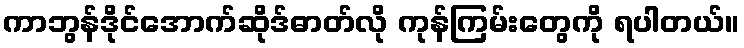
ကာဘွန်ဒိုင်အောက်ဆိုဒ်ဓာတ်လို ကုန်ကြမ်းတွေကို ရပါတယ်။